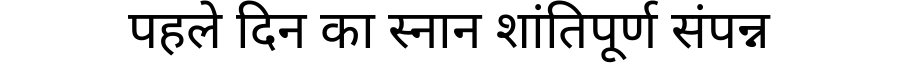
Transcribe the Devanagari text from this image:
पहले दिन का स्नान शांतिपूर्ण संपन्न